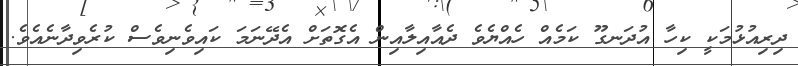
ދިރިއުޅުމަކީ ކިހާ އުދަނގޫ ކަމެއް ހެއްޔެވެ ދެއާއިލާއިން އެގޮތަށް އެދޭނަމަ ކައިވެނިވެސް ކުރެވިދާނެއެވެ.